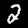
Label: 2